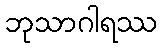
ဘုသာဂါရဿ